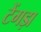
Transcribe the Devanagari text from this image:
टेंगड़ा